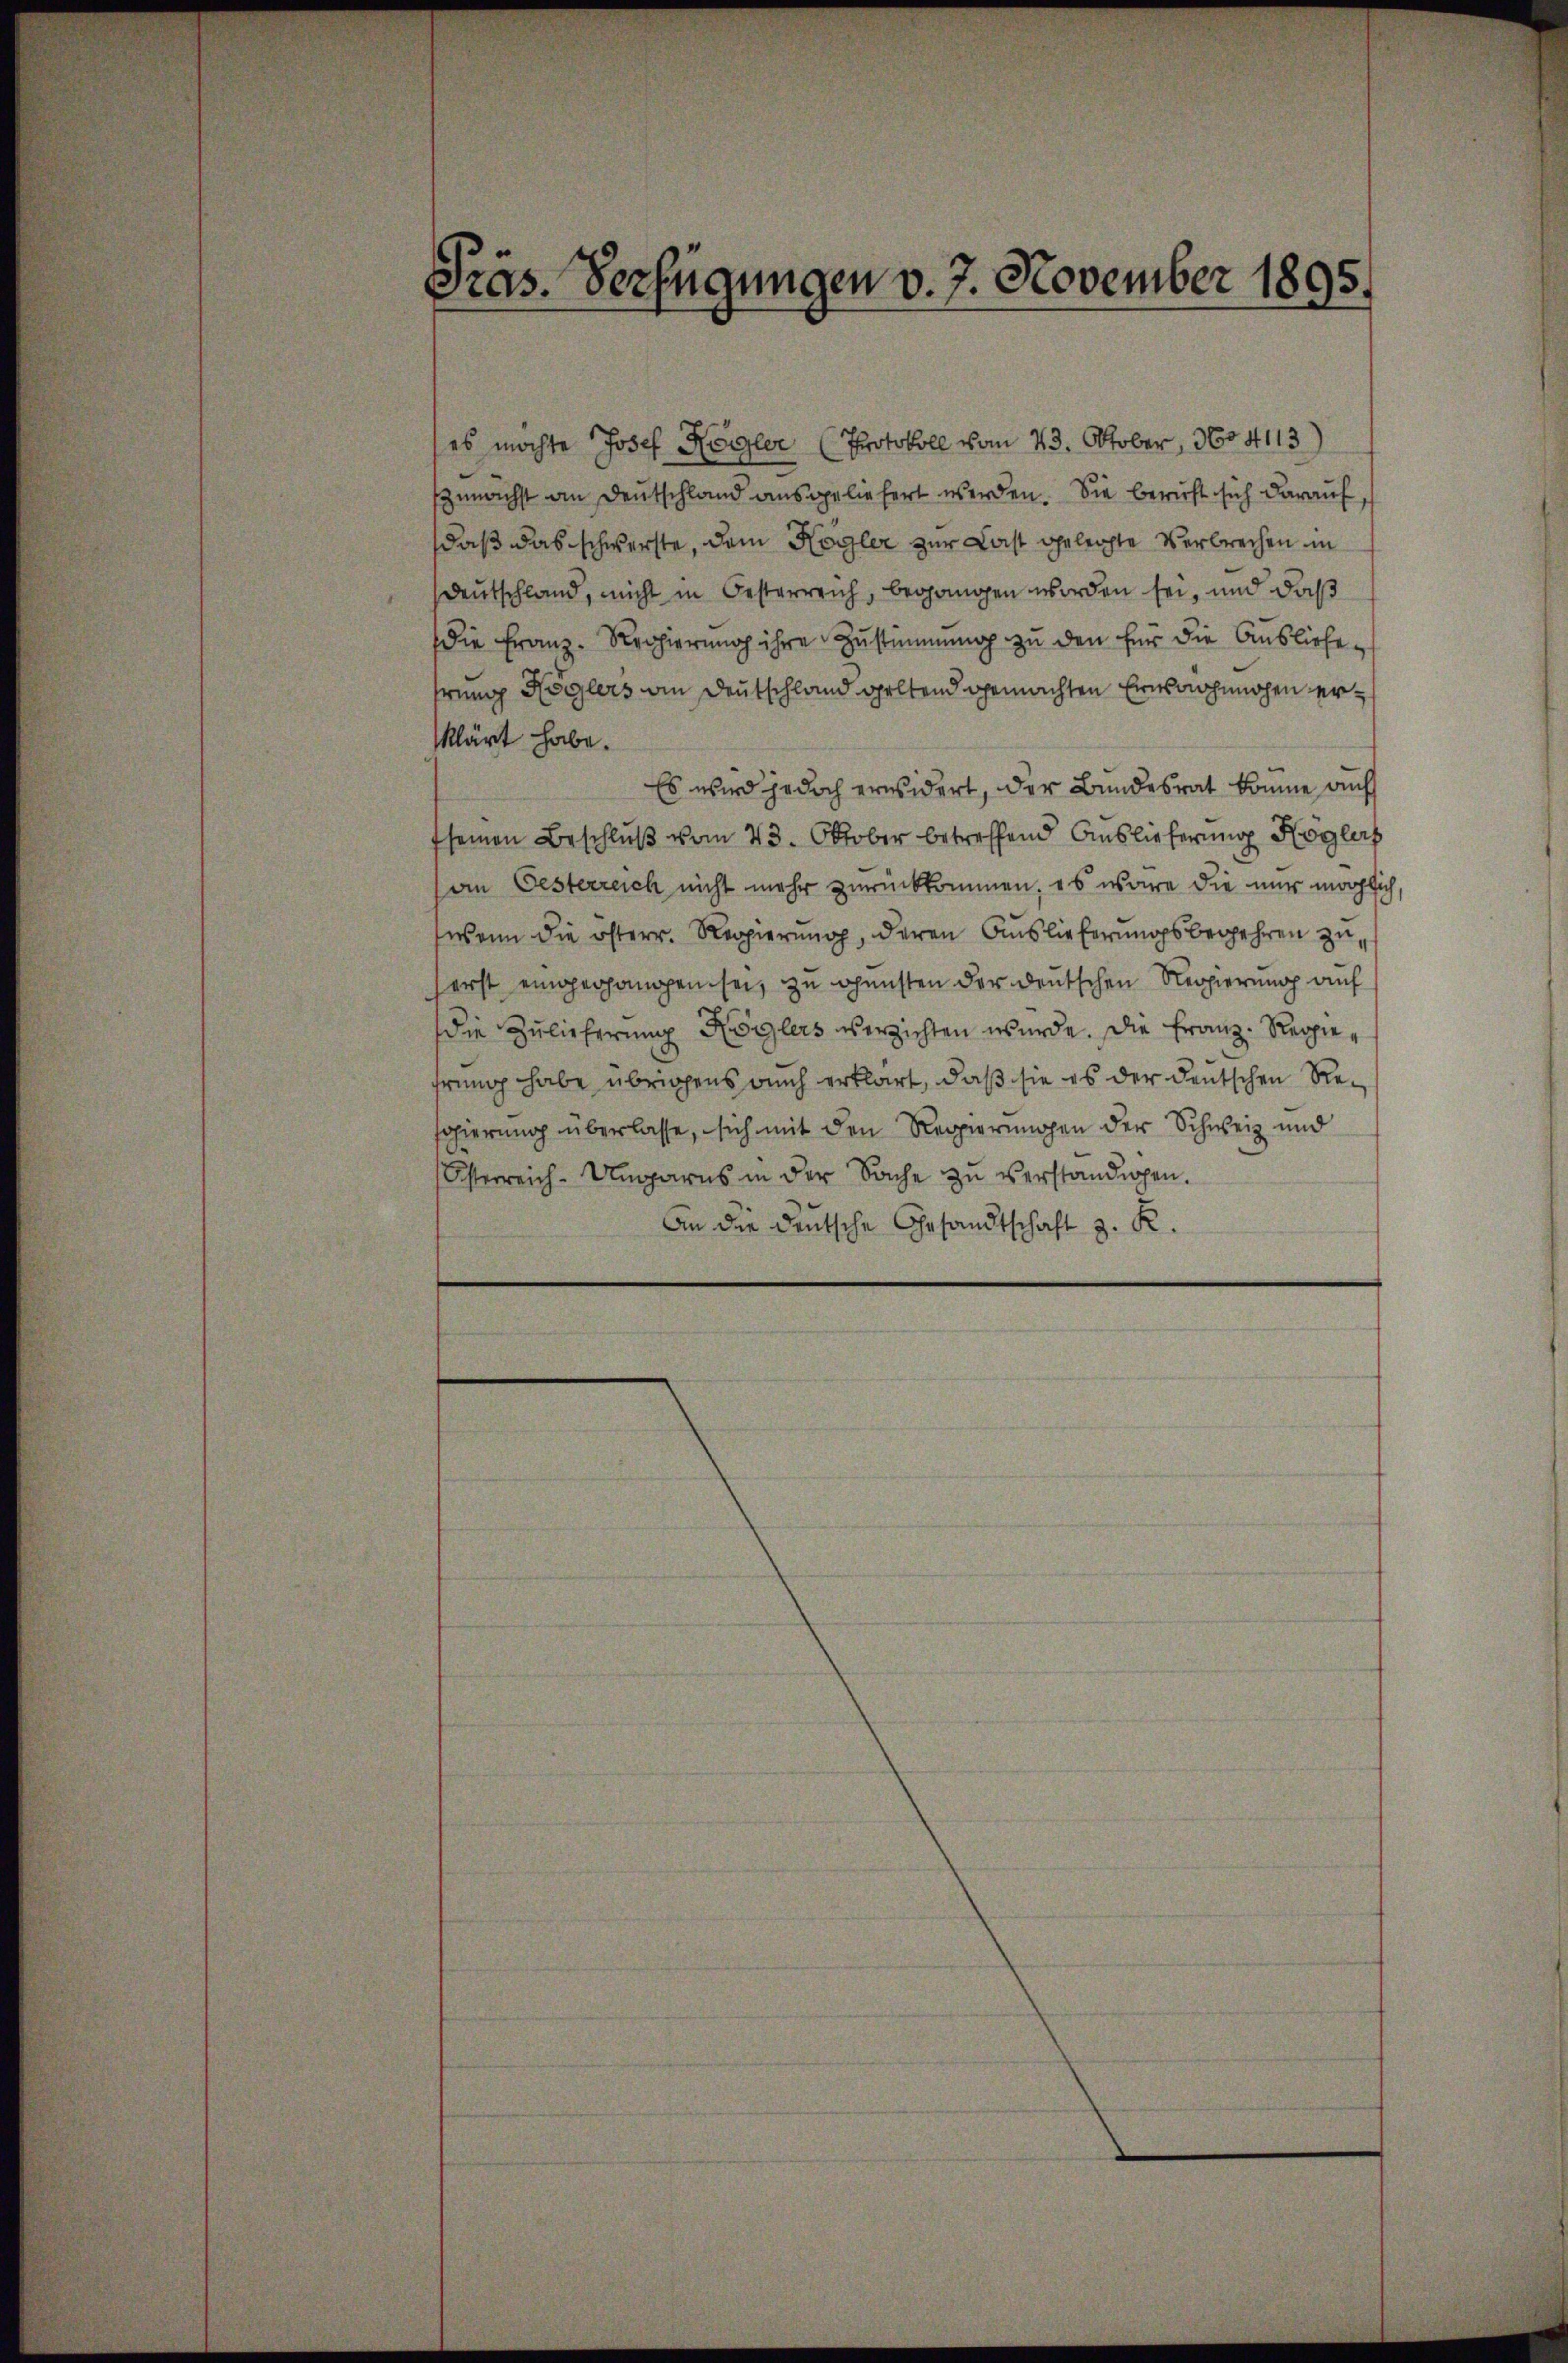
Präs. Verfügungen v. 7. November 1895.

es möchte Josef Kögler (Protokoll vom 23. Oktober, 1604113
zunächst an Deutschland ausgeliefert werden. Sie beruft sich darauf,
daß das schwerste, dem Kögler zur Last gelegte Verbrechen in
Deutschland, nicht in Oesterreich, begangen worden sei, und daß
die Franz-Regierung ihre Zustimmung zu den für die Ausliefe
hrung Köglers an Deutschland geltend gemachten Ernsnachmachen erklärt habe.
Es wird jedoch erwidert, der Bundesrat komme auf
fseinen Beschluß vom 23. Oktober betreffend Auslieferung Högler
an Oesterreich nicht mehr zurückkommen, es wäre die nur möglich
wann die österr. Regierung, deren Auslieferungsbegehren zu
erst eingegangen sei, zu Gunsten der deutschen Regierung auf
die Zulicherung Köglers verzichten wurde. Die Franz. Reppiefrung habe übrigens auch erklärt, daß sie es der deutschen Resgierung überlasse, sich mit den Regierungen der Schweiz und
Österreich-Ungarns in der Sache zŭ verständigen.
An die deutsche Gesandtschaft z. R.